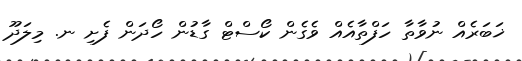
ޚަބަރެއް ނުވާތާ ހަފްތާއެއް ވެގެން ކޯސްޓް ގާޑުން ހޯދަން ފެށި ނ. މިލަދޫ